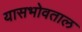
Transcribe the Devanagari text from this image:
यासभोवताल